system: You are a helpful assistant.
user:
Analyze the provided spectrum to determine if it is a **Carbon Star (C-type)**.

- **Key Visual Indicators of Carbon Star:**
    - **(Primary):** Strong molecular absorption from **C₂ (diatomic carbon) "Swan Bands."** This is the **defining feature** of a carbon star.
        - **(Key Bandheads):** Sharp absorption edges are visible at approximately $5635$ Å, $5165$ Å (the strongest band), and $4737$ Å.
        - **(Line Profile):** Creates a distinct **"saw-tooth"** pattern. The key morphology is a sharp, steep bandhead on the **red (long-wavelength) side**, which then gradually tapers off (i.e., flux recovers) towards the **blue (short-wavelength) side**. *(This is the direct opposite of the TiO bands seen in M-type stars)*.

    - **(Secondary):** Intense **CN (cyanogen)** molecular absorption bands.
        - **(Key Bandheads):** Located in the blue and violet regions of the spectrum (e.g., near $4215$ Å and $3883$ Å).
        - **(Morphology):** These bands are extremely broad and act as a "blanket," absorbing the vast majority of blue and violet light. This creates a characteristic **"cliff"** or **"steep drop-off"** in the spectrum's flux at short wavelengths.

    - **(Key Confirmation):** Strong **CH absorption band (G-band)**.
        - **(Key Bandhead):** Located around $4300$ Å. The contribution from CH molecules to this band is exceptionally strong.

    - **(Overall Spectrum):**
        - The continuum is severely "chopped up" by these deep molecular bands, especially C₂, rather than appearing as a smooth curve.
        - Due to the heavy CN and C₂ absorption in the blue-green, the vast majority of the star's flux is concentrated in the red part of the spectrum, giving the star its characteristic deep red color.

Think first, call **spectral_visualization_tool** if needed to examine features in detail, then provide your final answer. Your response must adhere to the following strict rules:
1.  **Overall Structure:** Your response must follow the format `<think>...</think> <tool_call>...</tool_call> (if a tool is used) <answer>...</answer>`.
2.  **Tool Usage Constraint:** You may only make **one** tool call per turn.
3.  **Final Answer Format:** In the `<answer>` tag, your conclusion must be inside a `\boxed{}` command (e.g., `\boxed{YES}`), followed by your justification.

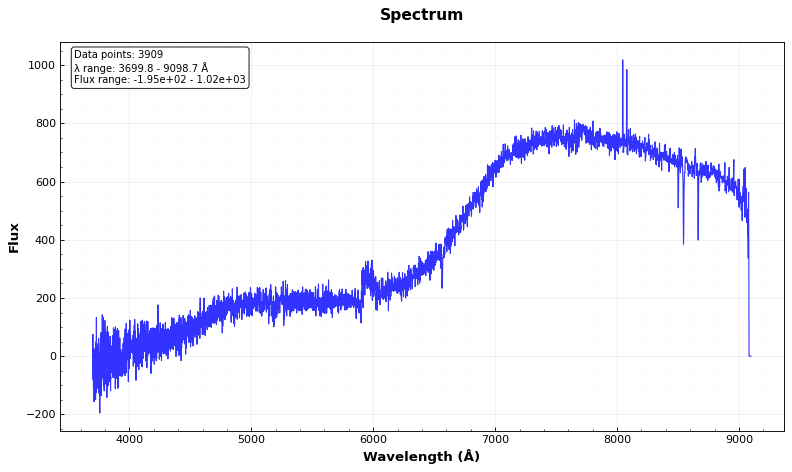
Answer: NO